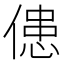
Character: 𠌼